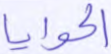
الحوايا